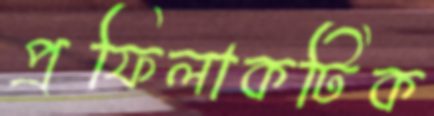
প্রফিলাকটিক